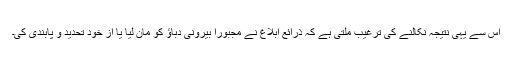
اس سے یہی نتیجہ نکالنے کی ترغیب ملتی ہے کہ ذرائع ابلاغ نے مجبوراً بیرونی دباؤ کو مان لیا یا از خود تحدید و پابندی کی۔